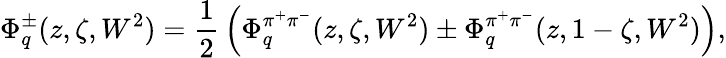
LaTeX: \Phi_{q}^{\pm}(z,\zeta,W^{2})={\frac{1}{2}}\left(\Phi_{q}^{\pi^{+}\pi^{-}}(z,\zeta,W^{2})\pm\Phi_{q}^{\pi^{+}\pi^{-}}(z,1-\zeta,W^{2})\right),